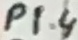
Text: P1.4